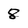
Character: 8